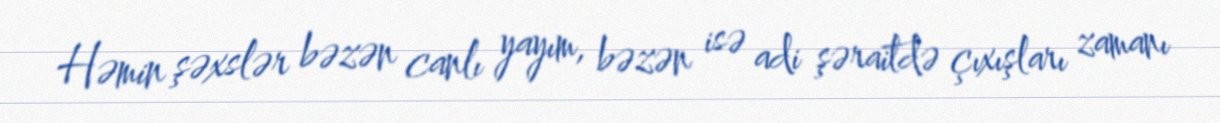
Həmin şəxslər bəzən canlı yayım, bəzən isə adi şəraitdə çıxışları zamanı